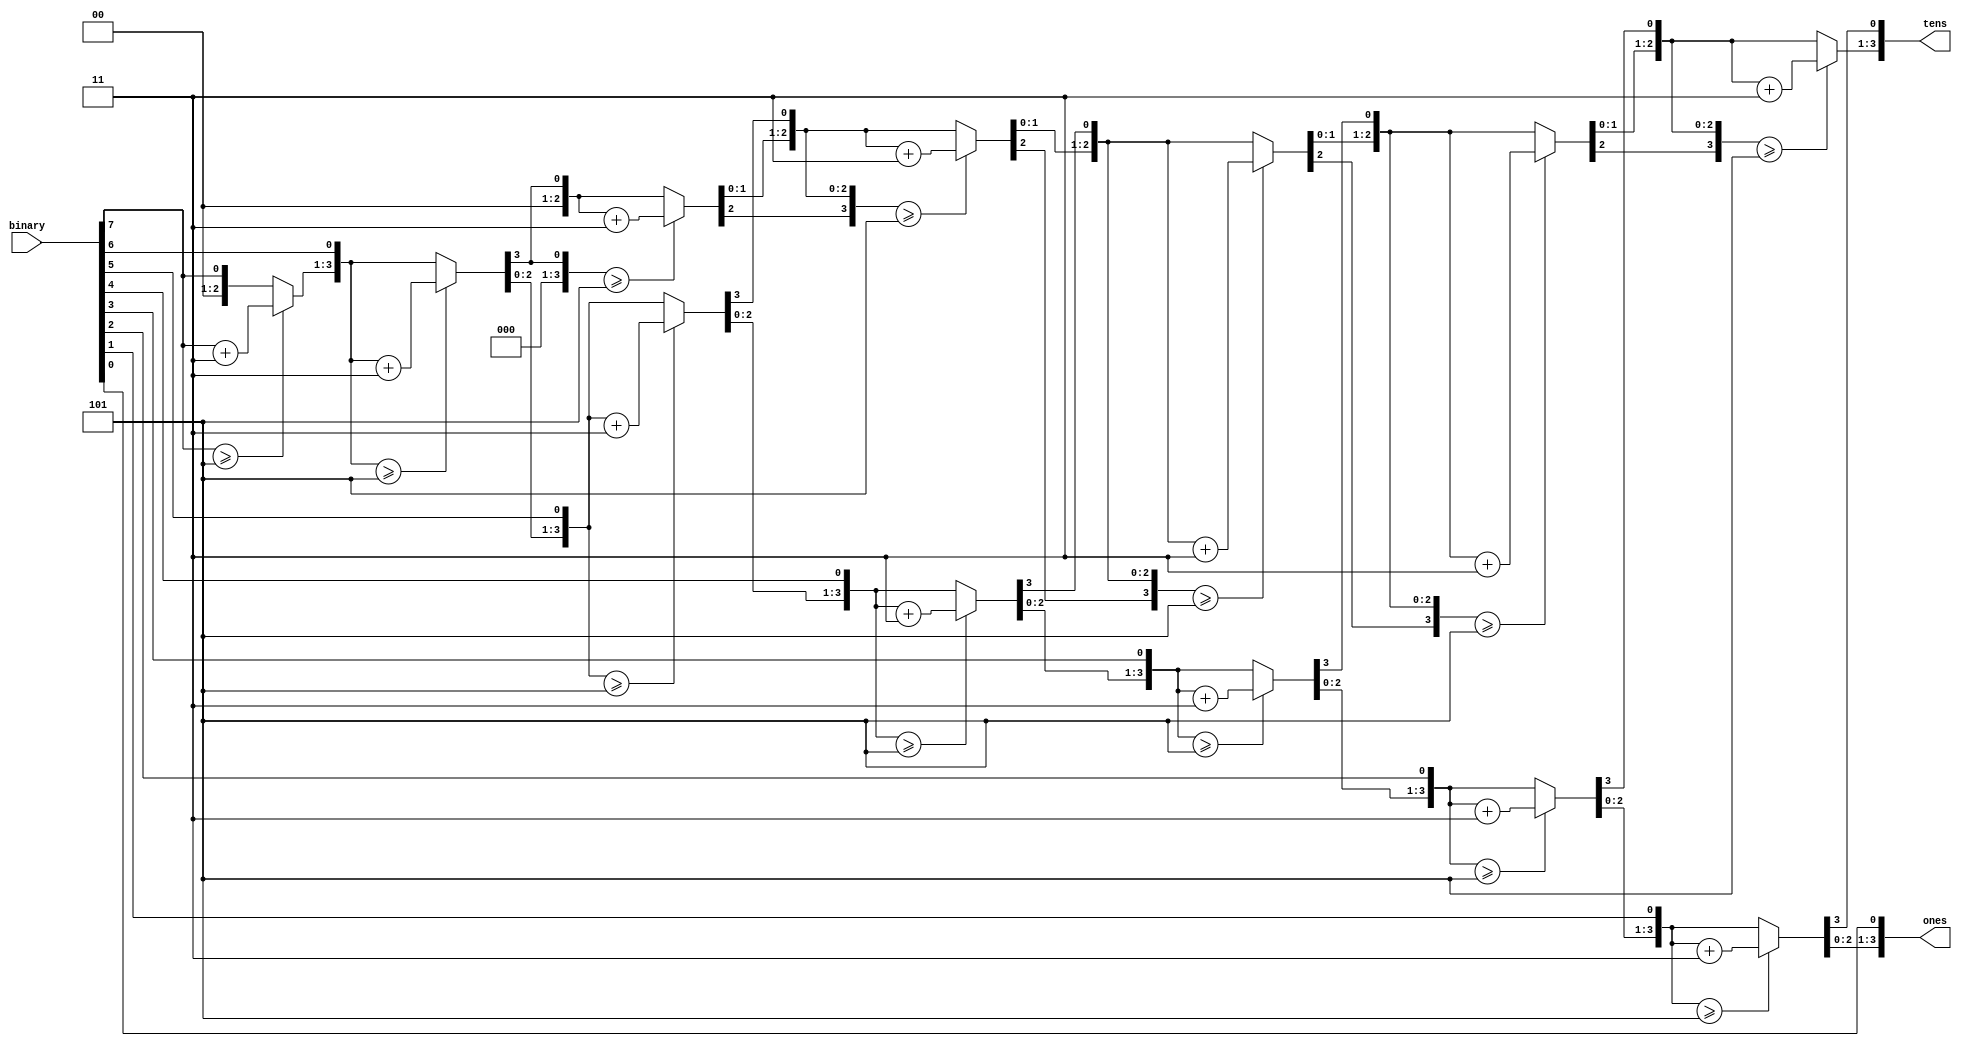
module BinaryToBCD(
    input [7:0] binary,
    output reg [3:0] tens,
    output reg [3:0] ones
);

integer i;
always @(binary) begin
    tens = 0;
    ones = 0;
    for (i = 7; i >= 0; i = i - 1) begin
        // Trc khi thm bit mi, kim tra v iu chnh
        if (tens >= 5)
            tens = tens + 3;
        if (ones >= 5)
            ones = ones + 3;
        
        // Dch cc BCD ln  nhng ch cho bit mi
        tens = tens << 1;
        tens[0] = ones[3];
        ones = ones << 1;
        ones[0] = binary[i];
    end
end

endmodule